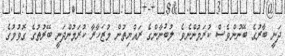
ދަނީ ބާރުގެ ބޭނުންވެސް ކުރަމުންނެވެ. ލުބުނާންގެ ރައްޔިތުން މުޒަހާރާ ކުރަމުންދަނީ ބޭރުތުގެ ގޮވުމުގެ